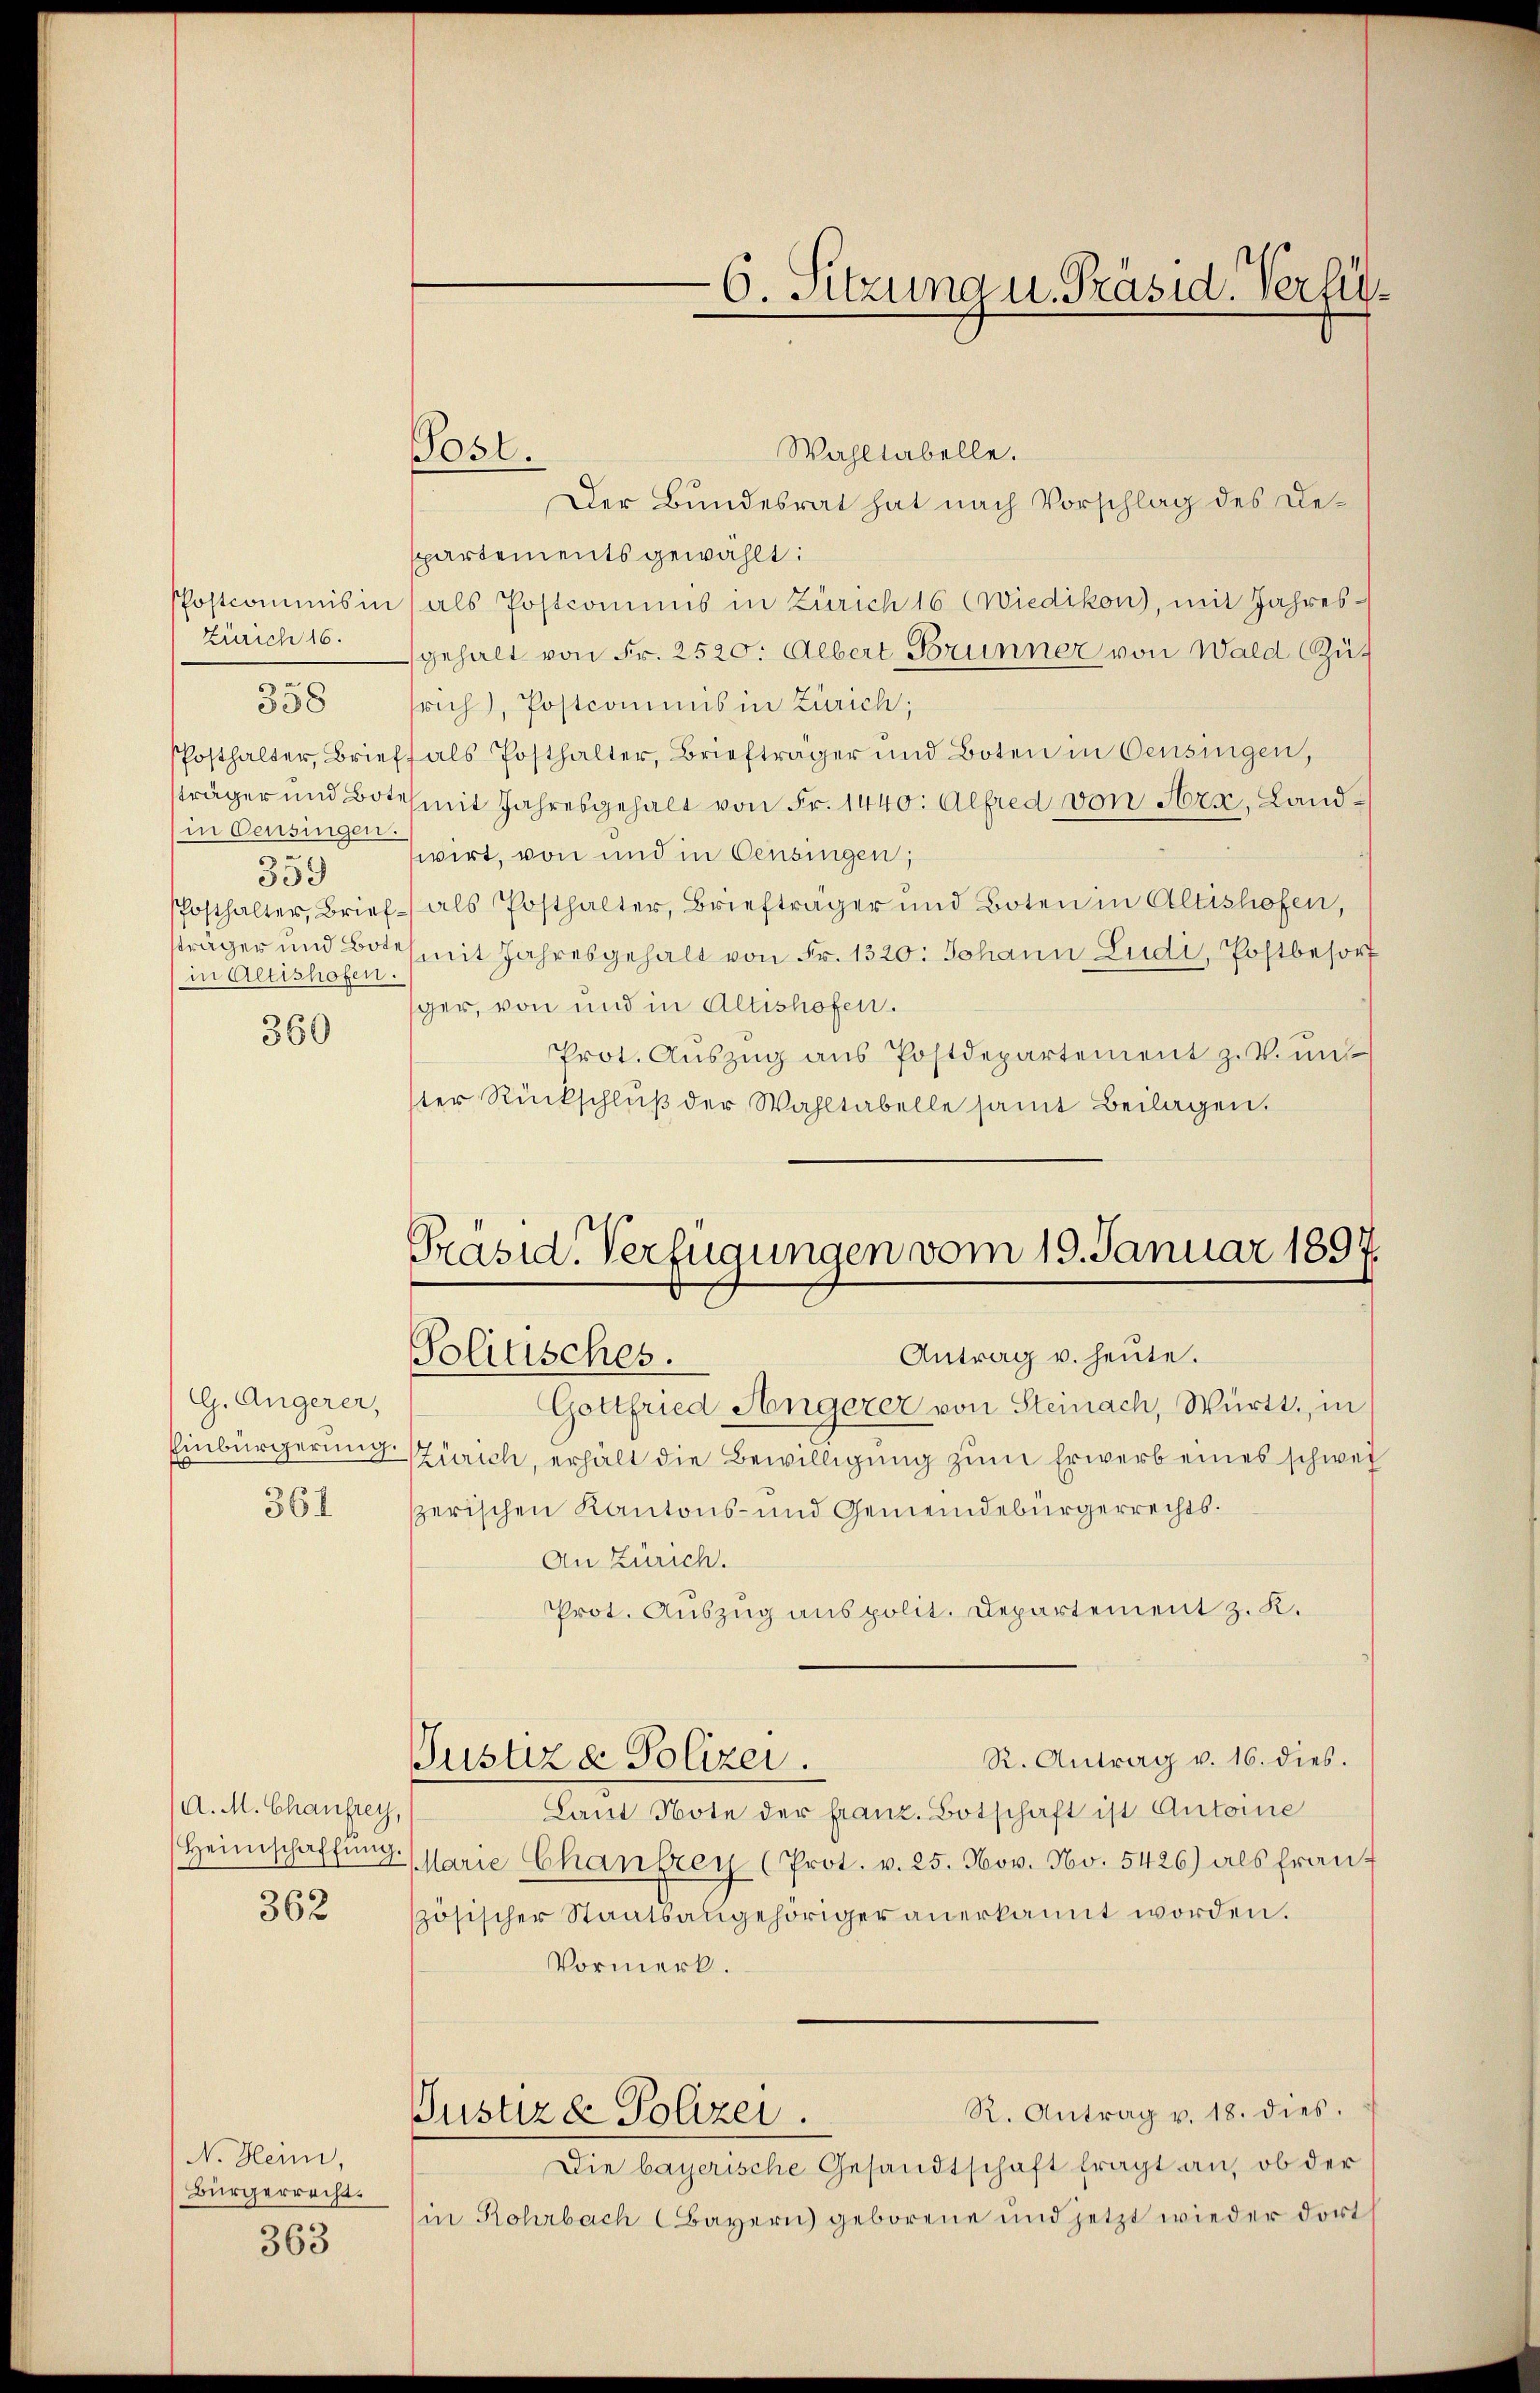
Wahltabelle.
Der Bundesrat hat nach Vorschlag des Despartements gewählt:
Phostcommisin als Postcomins in Zürich 16 (Wiedikon), mit Jahres¬
Zürich 16. gehalt von Fr. 2520. Albert Brunner von Wald (Zufrich, Postcommis in Zürich;
PPosthalter, Brieff als Posthalter, Briefträger und Boten in Censingen,
sträger und Bote mit Jahresgehalt von Fr. 1440. Alfred von Arx, Landin Censingen.
wirt, von und in Censingen;
359
Posthalter, Brief als Posthalter, Briefträger und Boten in Altishofen,
träger und Bote mit Jahresgehalt von Fr. 1320: Johann Ludi, Postbesor
in Altishofen.
sger, von und in Altishofen.
360
Prot. Auszug aus Postdepartement z. B. und
ter Rückschlŭβ der Wahltabelle samt Beilagen.

G. Angerer,
Einbürgerung.
361

(A. M. Chaufrey,

358

362

N. Heim,
Bürgerrecht.
363.

Post.

Präsid. Verfügungen vom 19. Januar 1897.
Antrag u. heute.
Solitisches.

Justiz & Polizei.

6. Sitzung u. Präsid. Verf

Gottfried Angerer von Steinach, Württ. in
Zürich, erhält die Bewilligung zum Erwerb eines schwei
szerischen Kantons- und Gemeindebürgerrechts¬
An Zürich.
Prot. Auszug aus polit. Departement z. K.
R. Antrag v. 16. dies.
Lant Note der franz. Botschaft ist Antoine
Heimschaffŭng Marie Chantzey (Prot. v. 25. Nov. No. 5426) als fran-
szösischer Staatsangehöriger anerkannt worden.
Vormerk.
R. Antrag v. 18. dies.
Justiz & Polizei.
Die bayerische Gesandtschaft fragt an, ob der
(in Rohrbach (Bayern) geborene und jetzt wieder dort